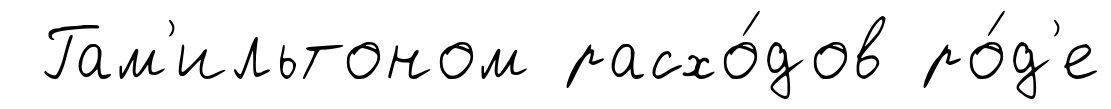
Гам'ильтоном расхо́дов ро́д'е